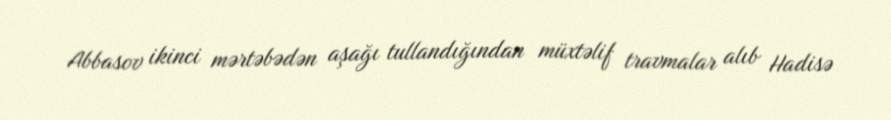
Abbasov ikinci mərtəbədən aşağı tullandığından müxtəlif travmalar alıb Hadisə